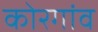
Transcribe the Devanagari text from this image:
कोरगांव